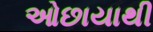
ઓછાયાથી